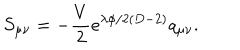
S _ { \mu \nu } = - \frac { V } { 2 } e ^ { \lambda \phi / 2 ( D - 2 ) } q _ { \mu \nu } .